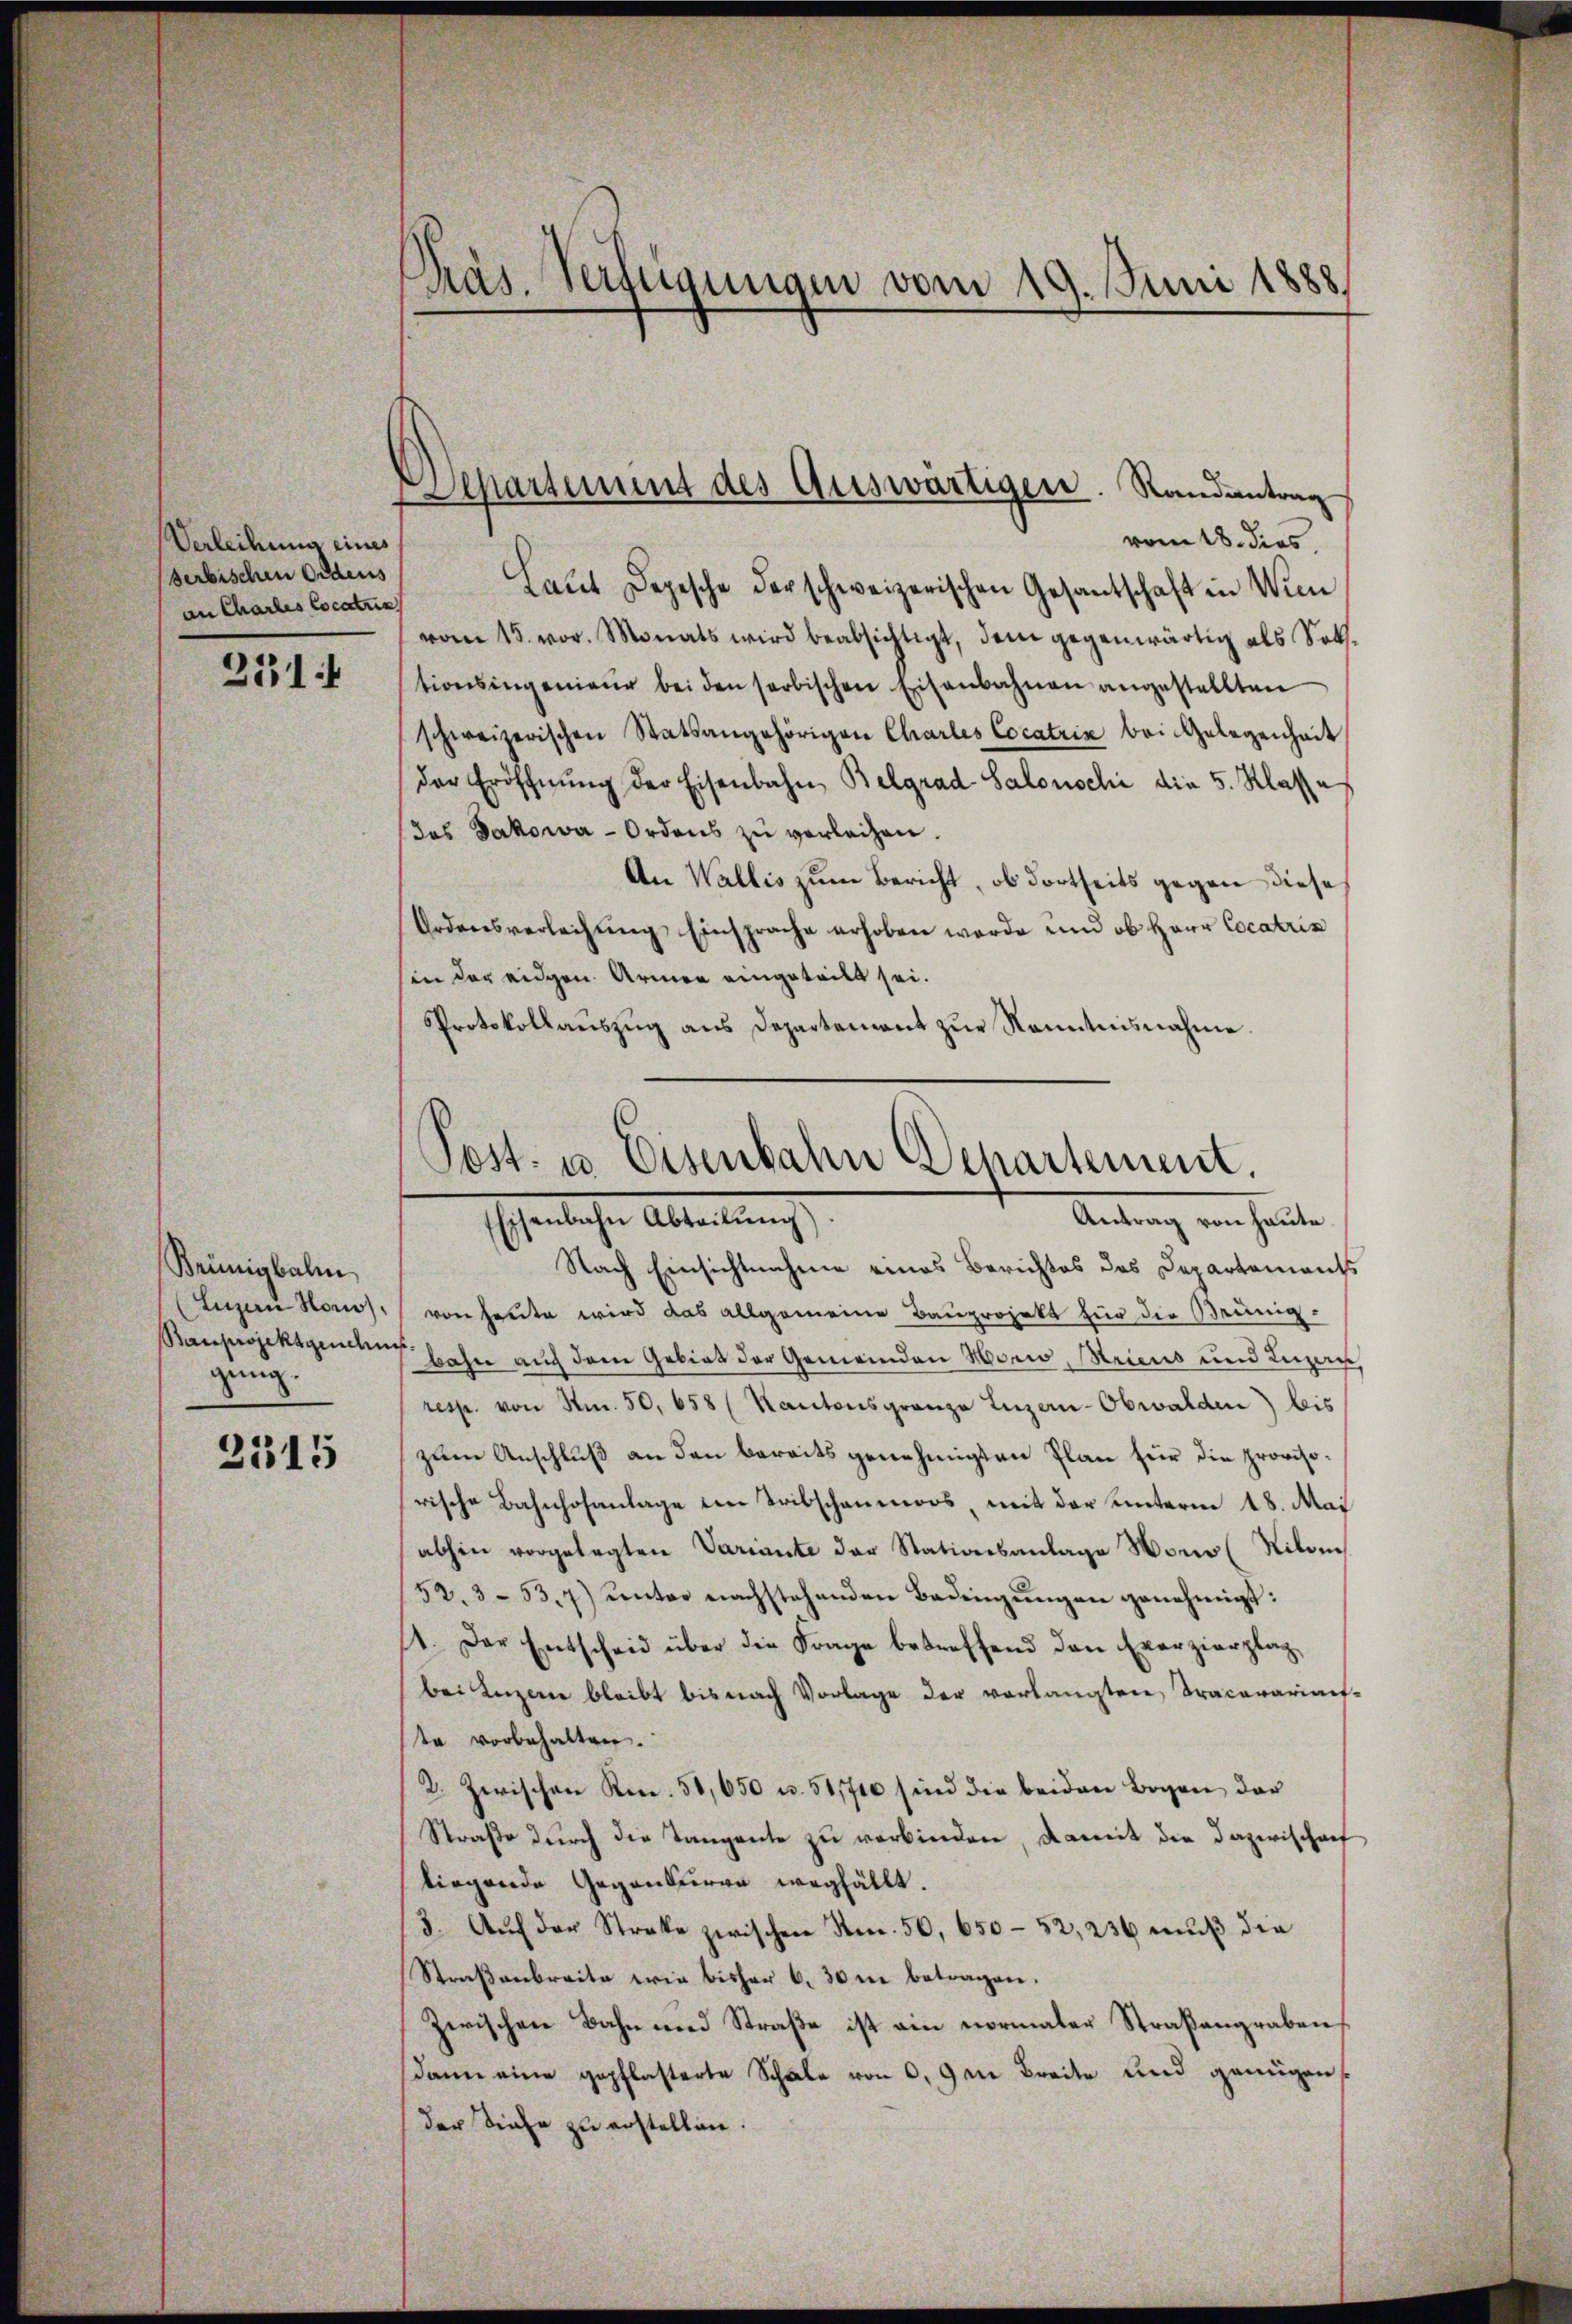
Verleihung eines
serbischen Ordens
an Charles locatus

251

Brünigbalm
gung.

2315

Pras. Verfügungen vom 19. Juni 1888.

vom 18. dies
Laŭt Depesche der schweizerischen Gesantschaft in Wien
vom 15. vor. Monats wird beabsichtigt, dem gegenwärtig als Soth.
tionsingenieŭr bei den serbischen Eisenbahnen angestellten
schweizerischen Statsangehörigen Charles Cocatria bei Gelegenheit
der Eröffnŭng der Eisenbahn Belgrad Salonschi die 5. Klas
das Jakowa-Ordens zu verleihen.
An Wallis zum Bericht, ob dortseits gegen diese
Ordensverleihung Einsprache erhoben werde und ob Herr Cocatris
hin der eidgen. Armen eingeteilt sei.
Protokollauszug aus Departement zur Kenntnisnahme.

Departement des Auswärtigen. Randantrag

Post- u Eisenbahn Departement.
Antrag von heute
henlichen Abreitung

Nach Einsichtnahme eines Berichtes des Departements
Luzern Honos. von heute wird das allgemeine Bauprojekt für die Brünig-
Bauprojektgechens Jahre auf dem Gebiet der Gemeinden Horw, Meiens und Luzau,
resp. von Nr. 50. 658 (Kantonsgrenze Luzern-Obwalden) beis
zum Anschluß an den bereits genehmigten Plan für die provisorische Bahnhofanlage den Tribschenmoos, mit der unterm 18. Mai
abhin vorgelegten Variante der Stationsanlage Hono (Nilo
52. 353. 7) unter nachstehenden Bedingŭngen genehmigt:
11. Der Entscheid über die Frage betreffend den Exerzierplag
bei Luzern bleibt bis nach Vorlage der verlangten Tracavariat-
te vorbehalten.
2. Zwischen Rpn. 50,650 u. 51,710 sind die beiden Bogen der
Straße durch die Tanzente zu verbinden, damit die Dazwischaf
liegende Gegenserve wegfällt.
(3. Aŭf der Streke zwischen Nr. 50, 650-52, 236 mŭβ die
Straßenbreite wie bisher 6. 30 in betragen.
Zwischen Bahn und Straße ist ein normaler Straßengraben,
Dann eine gepflasterte Schale von 0,9 in Breite und genügen
der Siehe zu erstellen.